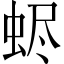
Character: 𧋅